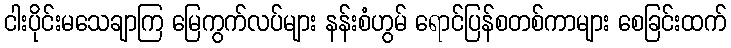
ငါးပိုင်းမသေချာကြ မြေကွက်လပ်များ နန်းစံဟွမ် ရောင်ပြန်စတစ်ကာများ စေခြင်းထက်